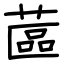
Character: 蓲